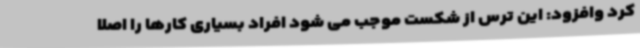
کرد وافزود: این ترس از شکست موجب می شود افراد بسیاری کارها را اصلا